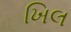
ખિલ